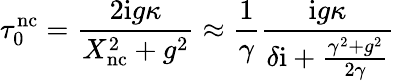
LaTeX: \tau_{0}^{\mathrm{nc}}=\frac{2\mathrm{i}g\kappa}{X_{\mathrm{nc}}^{2}+g^{2}}\approx\frac{1}{\gamma}\frac{\mathrm{i}g\kappa}{\delta\mathrm{i}+\frac{\gamma^{2}+g^{2}}{2\gamma}}